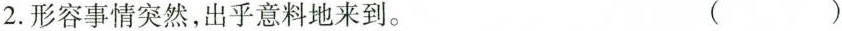
2.形容事情突然，出乎意料地来到。 ( )